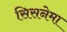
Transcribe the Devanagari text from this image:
सिसनेमा